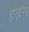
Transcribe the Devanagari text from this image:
हज़रों